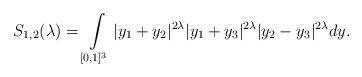
LaTeX: \begin{align*}S_{1, 2}(\lambda) = \int\limits_{[0,1]^3} |y_1+y_2|^{2\lambda} |y_1+y_3|^{2\lambda} |y_2-y_3|^{2\lambda} dy.\end{align*}